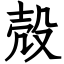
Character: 殻